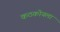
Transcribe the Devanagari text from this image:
कठकोयला